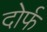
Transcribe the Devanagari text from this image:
दोर्फ